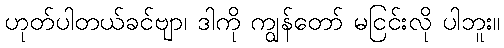
ဟုတ်ပါတယ်ခင်ဗျာ၊ ဒါကို ကျွန်တော် မငြင်းလို ပါဘူး။